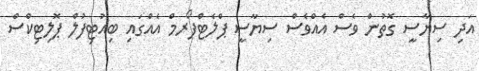
އަދި ސިޔާސީ ގޮތުން ވެސް އެއްވެސް ސިޔާސީ ޕްލެޓްފޯރމް އެއްގަައި ބިއުޓިފުލް ޕޮލިޓިކްސް